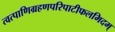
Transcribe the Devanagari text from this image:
त्वत्पाणिग्रहणपरिपाटीफलमिदम्